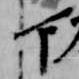
下